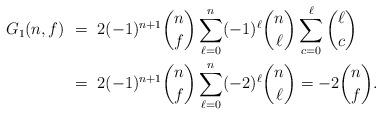
LaTeX: \begin{align*}G_1(n, f) \ &= \ 2(-1)^{n+1} \binom{n}{f} \sum_{\ell = 0}^n (-1)^\ell \binom{n}{\ell} \sum_{c = 0}^\ell \binom{\ell}{c} \\& = \ 2(-1)^{n+1} \binom{n}{f} \sum_{\ell = 0}^n (-2)^\ell \binom{n}{\ell} = -2 \binom{n}{f}. \end{align*}